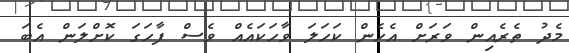
މެދު ތެރެއިން ވަރަށް އެހެން ކަހަލަ ވާހަކައެއް ވެސް ފާހަގަ ކޮށްލަން އެބަ